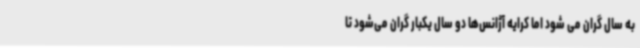
به سال گران می شود اما کرایه آژانس‌ها دو سال یکبار گران می‌شود تا